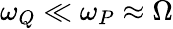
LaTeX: \omega_{Q}\ll\omega_{P}\approx\Omega